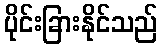
ပိုင်းခြားနိုင်သည်